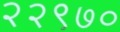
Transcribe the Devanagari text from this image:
२२९७०